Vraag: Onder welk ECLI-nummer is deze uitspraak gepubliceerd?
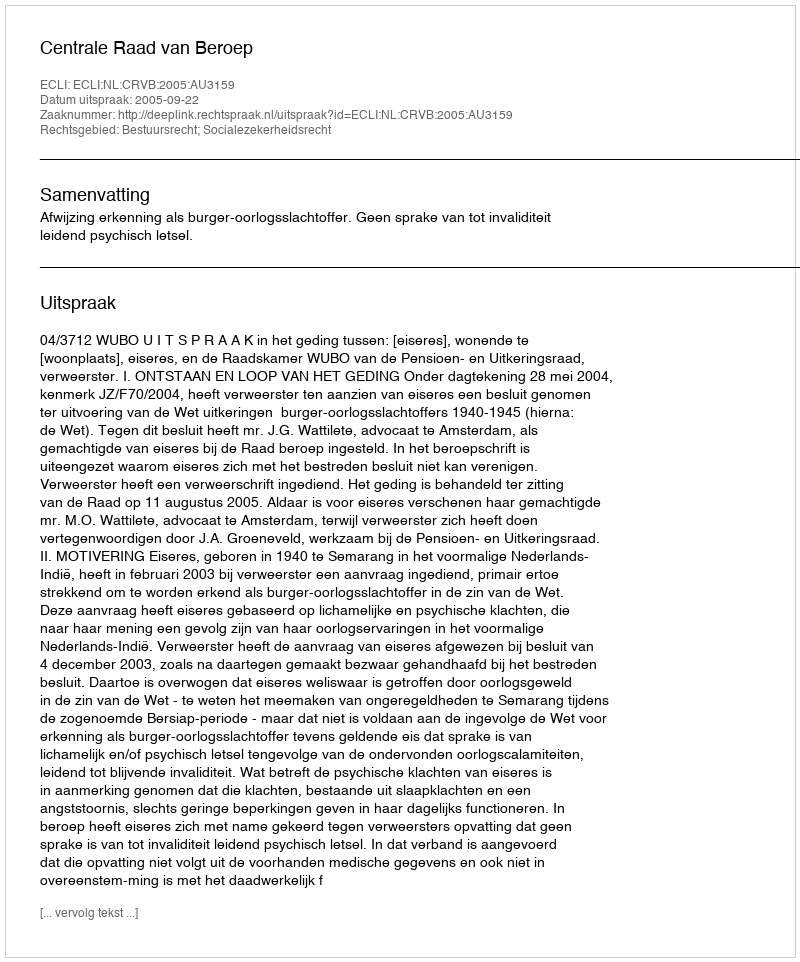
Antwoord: ECLI:NL:CRVB:2005:AU3159